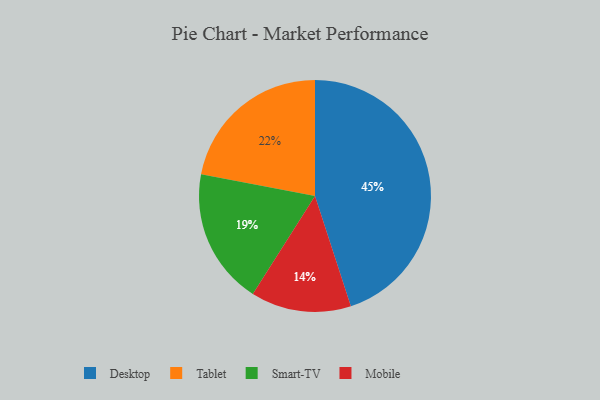
{"axis": {"x": "Category", "y": "Percentage"}, "legend": ["Desktop", "Mobile", "Smart-TV", "Tablet"], "data": [{"x": "Smart-TV", "y": 19, "type": "Smart-TV"}, {"x": "Mobile", "y": 14, "type": "Mobile"}, {"x": "Tablet", "y": 22, "type": "Tablet"}, {"x": "Desktop", "y": 45, "type": "Desktop"}]}